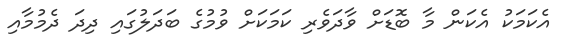
އެކަމަކު އެކަން މާ ބޮޑަށް ވާދަވެރި ކަމަކަށް ވުމުގެ ބަދަލުގައި ދިދަ ދެމުމާއި